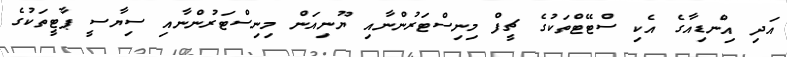
އަދި އިންޑިއާގެ އެކި ސްޓޭޓްތަކުގެ ޗީފް މިނިސްޓަރުންނާއި ޔޫނިއަން މިނިސްޓަރުންނާއި ސިޔާސީ ޕާޓީތަކުގެ